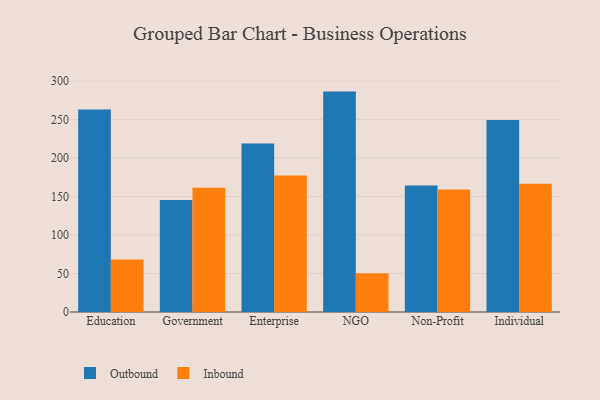
{"axis": {"x": "Segment", "y": "Energy Usage (MWh)"}, "legend": ["Inbound", "Outbound"], "data": [{"x": "Education", "y": 263.1, "type": "Outbound"}, {"x": "Education", "y": 68.2, "type": "Inbound"}, {"x": "Government", "y": 145.5, "type": "Outbound"}, {"x": "Government", "y": 161.3, "type": "Inbound"}, {"x": "Enterprise", "y": 218.8, "type": "Outbound"}, {"x": "Enterprise", "y": 177.4, "type": "Inbound"}, {"x": "NGO", "y": 286.4, "type": "Outbound"}, {"x": "NGO", "y": 50.2, "type": "Inbound"}, {"x": "Non-Profit", "y": 164.5, "type": "Outbound"}, {"x": "Non-Profit", "y": 159.2, "type": "Inbound"}, {"x": "Individual", "y": 249.5, "type": "Outbound"}, {"x": "Individual", "y": 166.7, "type": "Inbound"}]}